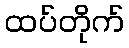
ထပ်တိုက်